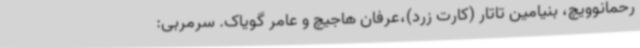
رحمانوویچ، بنیامین تاتار (کارت زرد)،عرفان هاجیچ و عامر گویاک. سرمربی: